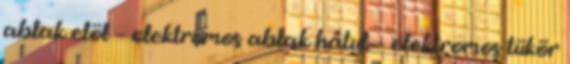
ablak elöl – elektromos ablak hátul – elektromos tükör